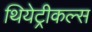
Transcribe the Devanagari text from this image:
थियेट्रीकल्स